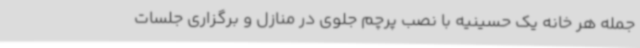
جمله هر خانه یک حسینیه با نصب پرچم جلوی در منازل و برگزاری جلسات